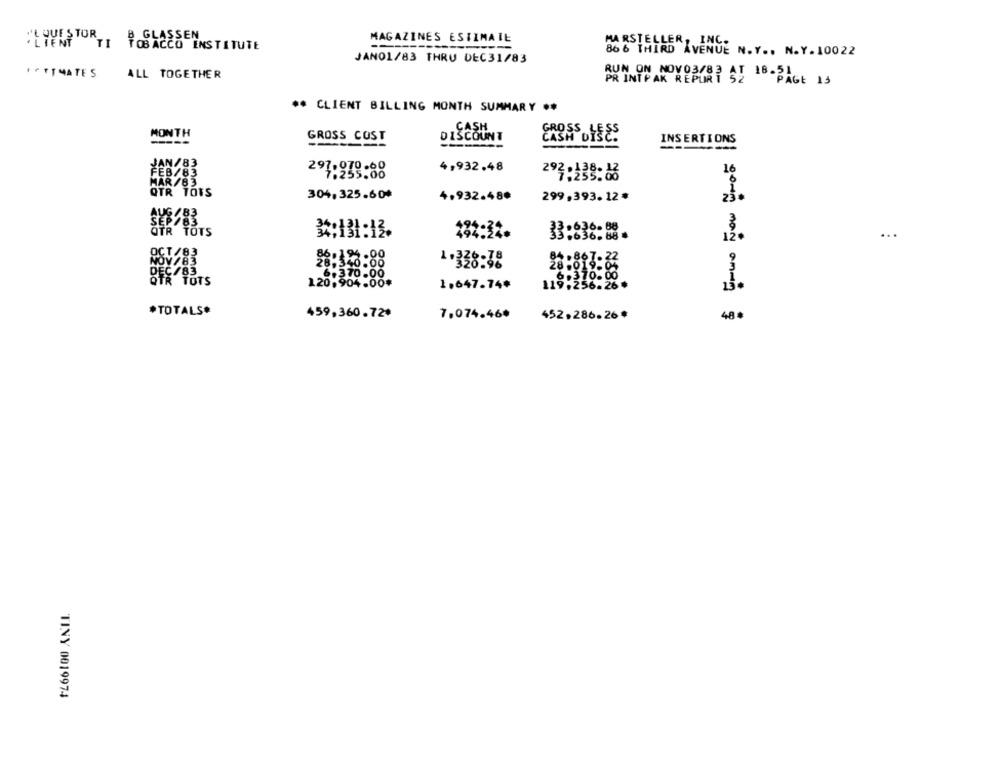
MAGAZINES ESTIMATE
MARSTELLER
INC.
"'LIVES TOR ,, B GLASSEN
TOBACCO INSTITUTE
866 THIRD AVENUE N. Y .. N.Y. 10022
JAN01/83 THRU DEC31/83
·· TOMATES
ALL TOGETHER
PRINTPAK REPORT 2 18-PAGE 13
** CLIENT BILLING MONTH SUMMARY **
CASH
MONTH
GROSS COST
DISCOUNT
CASH DISC.
-----
INSERTIONS
$ Erwo Now drow
JAN/83
4,932.48
FEB/83
297.070.68
2920138-06
16
MAR/83
304,325.604
4,932.480
299,393. 12 .
TOTS
32:131:13.
33 .636- 88
.636.88
12ª
28:340:00
1 .328:48
DEC /83
6.370.00
TR TOTS
120,904.00*
1,647.74*
119.256-26 *
13.
*TOTALS*
459,360.72+
7,074.46*
452.286.26 *
48
TINY 0019974